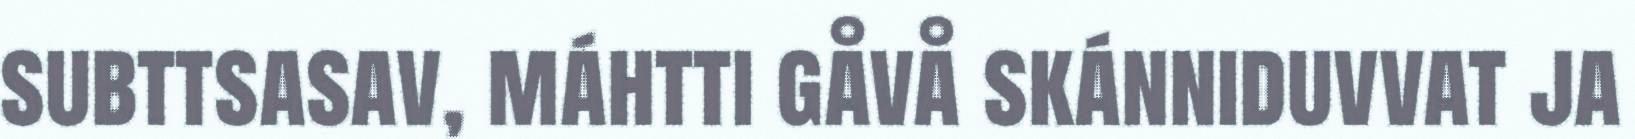
subttsasav, máhtti gåvå skánniduvvat ja